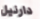
دارنيل